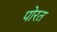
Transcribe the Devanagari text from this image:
पोरत